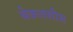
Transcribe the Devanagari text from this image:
बेकतशीस